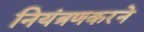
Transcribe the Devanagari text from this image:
नियंत्रणकरने